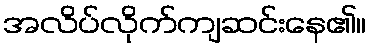
အလိပ်လိုက်ကျဆင်းနေ၏။